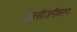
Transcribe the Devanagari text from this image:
आक्सीजनीकरण